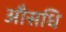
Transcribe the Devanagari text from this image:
औसधि